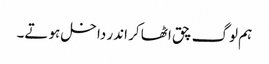
ہم لوگ چق اٹھا کر اندر داخل ہوتے۔